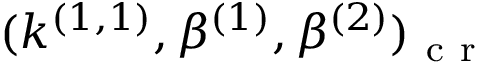
( k ^ { ( 1 , 1 ) } , \beta ^ { ( 1 ) } , \beta ^ { ( 2 ) } ) _ { \mathrm { ~ c ~ r ~ } }